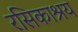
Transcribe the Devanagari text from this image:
रसिकाश्रय